King Institute of Preventive Medicine Micro-Biological Section reports 1912-19
Year: 1912
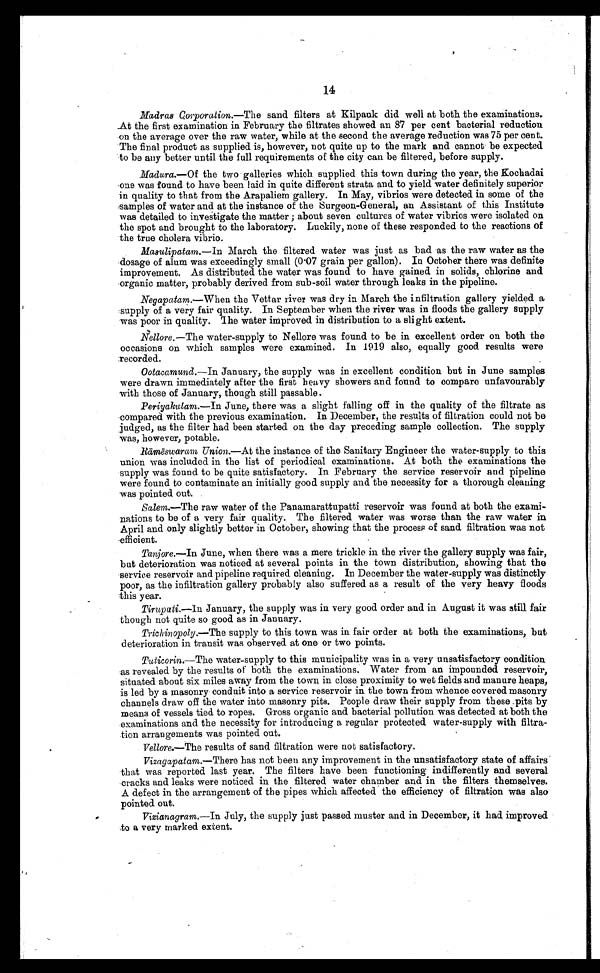
14
Madras Corporation .—The sand filters at Kilpauk did well at both the examinations.
At the first examination in February the filtrates showed an 87 per cent bacterial reduction
on the average over the raw water, while at the second the average reduction was 75 per cent.
The final product as supplied is, however, not quite up to the mark and cannot be expected
to be any better until the full requirements of the city can be filtered, before supply.
Madura.—Of the two galleries which supplied this town during the year, the Kochadai
one was found to have been laid in quite different strata and to yield water definitely superior
in quality to that from the Arapaliem gallery. In May, vibrios were detected in some of the
samples of water and at the instance of the Surgeon-General, an Assistant of this Institute
was detailed to investigate the matter ; about seven cultures of water vibrios were isolated on
the spot and brought to the laboratory. Luckily, none of these responded to the reactions of
the true cholera vibrio.
Masulipatam.—In March the filtered water was just as bad as the raw water as the
dosage of alum was exceedingly small (0.07 grain per gallon). In October there was definite
improvement. As distributed the water was found to have gained in solids, chlorine and
organic matter, probably derived from sub-soil water through leaks in the pipeline.
Negapatam .—When the Vettar river was dry in March the infiltration gallery yielded a
supply of a very fair quality. In September when the river was in floods the gallery supply
was poor in quality. The water improved in distribution to a slight extent.
Nellore .—The water-supply to Nellore was found to be in excellent order on both the
occasions on which samples were examined. In 1919 also, equally good results were
recorded.
Ootacamund.—In January, the supply was in excellent condition but in June samples
were drawn immediately after the first heavy showers and found to compare unfavourably
with those of January, though still passable.
PeriyaKulam .—In June, there was a slight falling off in the quality of the filtrate as
compared with the previous examination. In December, the results of filtration could not be
judged, as the filter had been started on the day preceding sample collection. The supply
was, however, potable.
Rāmē
swaram Union.—At the instance of the Sanitary Engineer the water-supply to this
union was included in the list of periodical examinations. At both the examinations the
supply was found to be quite satisfactory. In February the service reservoir and pipeline
were found to contaminate an initially good supply and the necessity for a thorough cleaning
was pointed out.
Salem.—The raw water of the Panamarattupatti reservoir was found at both the exami-
nations to be of a very fair quality. The filtered water was worse than the raw water in
April and only slightly better in October, showing that the process of sand filtration was not
efficient.
Tanjore .—In June, when there was a mere trickle in the river the gallery supply was fair,
but deterioration was noticed at several points in the town distribution, showing that the
service reservoir and pipeline required cleaning. In December the water-supply was distinctly
poor, as the infiltration gallery probably also suffered as a result of the very heavy floods
this year.
Tirupati .—In January, the supply was in very good order and in August it was still fair
though not quite so good as in January.
Trichinopoly .—The supply to this town was in fair order at both the examinations, but
deterioration in transit was observed at one or two points.
Tuticorin .—The water-supply to this municipality was in a very unsatisfactory condition
as revealed by the results of both the examinations. Water from an impounded reservoir,
situated about six miles away from the town in close proximity to wet fields and manure heaps,
is led by a masonry conduit into a service reservoir in the town from whence covered masonry
channels draw off the water into masonry pits. People draw their supply from these pits by
means of vessels tied to ropes. Gross organic and bacterial pollution was detected at both the
examinations and the necessity for introducing a regular protected. water-supply with filtra-
tion arrangements was pointed out.
Vellore.—The results of sand filtration were not satisfactory.
Vizagapatam .—There has not been any improvement in the unsatisfactory state of affairs
that was reported last year. The filters have been functioning indifferently and several
cracks and leaks were noticed in the filtered water chamber and in the filters themselves.
A defect in the arrangement of the pipes which affected the efficiency of filtration was also
pointed out.
Vizianagram.—In July, the supply just passed muster and in December, it had improved
to a very marked extent.